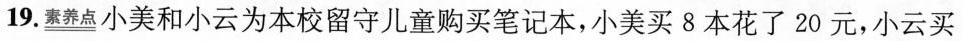
19.\xlongequal{素养点}小美和小云为本校留守儿童购买笔记本，小美买8本花了20元，小云买